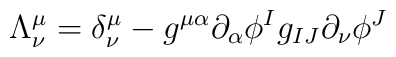
\Lambda _{\nu }^{\mu }=\delta _{\nu }^{\mu }-g^{\mu \alpha }\partial_{\alpha }\phi ^{I}g_{IJ}\partial _{\nu }\phi ^{J}